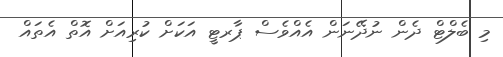
މި ބެލްޓް ދެން ނުދޭނަން އެއްވެސް ޕާރޓީ އަކަށް ކުރިއަށް އޮތް އެތައް